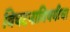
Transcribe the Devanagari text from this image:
विघटनाविषयीचा